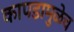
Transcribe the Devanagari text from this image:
कापडामुळेच